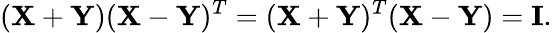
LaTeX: (\mathbf{X}+\mathbf{Y})(\mathbf{X}-\mathbf{Y})^{T}=(\mathbf{X}+\mathbf{Y})^{T}(\mathbf{X}-\mathbf{Y})=\mathbf{I}.